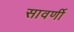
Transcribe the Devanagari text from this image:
सावर्णी